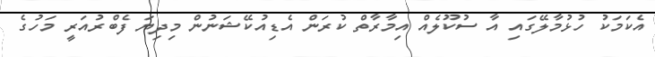
އެކަަމަކު ހުޅުމާލޭގައި އާ ސުކޫލެއް އިމާރާތް ކުރަން އެޑިއުކޭޝަނުން މިދިޔަ ފެބްރުއަރީ މަހުގެ